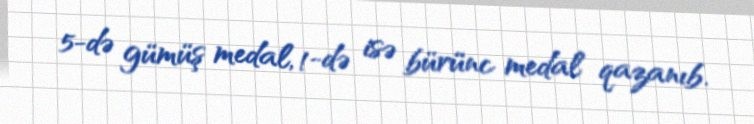
5-də gümüş medal, 1-də isə bürünc medal qazanıb.